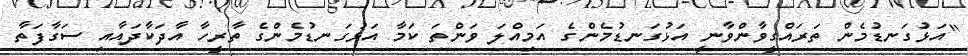
"އަޅުގަނޑުމެން ތަރައްގީވާންވާނީ އަޅުގަނޑުމެންގެ އަމިއްލަ ވަންތަ ކަމާ އަޅުގަނޑުމެންގެ ތާރީހާ އާދަކާދައާއި ސަގާފަތާ